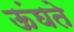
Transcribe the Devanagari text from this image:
ऊंघते